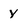
Character: Y